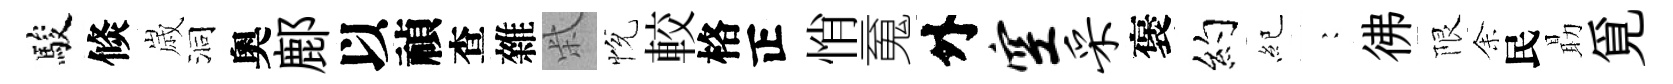
駿倐𡻕洞奧鄜以禎查雜柴恱較格正悄䰟外空采褒约紀巍彿限𪜬民朂覓